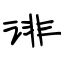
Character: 诽